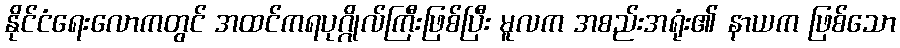
နိုင်ငံရေးလောကတွင် အထင်ကရပုဂ္ဂိုလ်ကြီးဖြစ်ပြီး မူလက အစည်းအရုံး၏ နာယက ဖြစ်သော